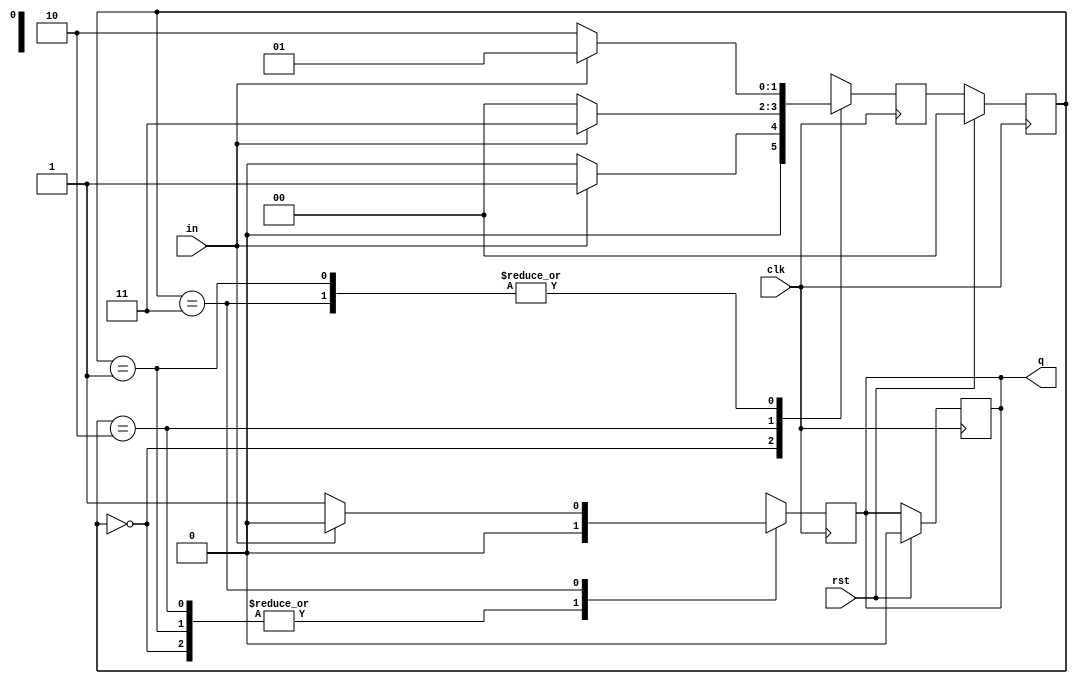
module sequence_detector_1010(
    input clk,rst,in,
    output reg q
    );
	 parameter s0= 2'b00,s1= 2'b01,s2= 2'b10,s3= 2'b11;
	 reg [1:0]state,next_state;
	 
	 always @ ( posedge clk)
	 begin
	 if(rst)
	 begin
	 state<= s0;
	 q<=1'b0;
	 end
	 else
	 begin
	 state<=next_state;
	 end
	 end
	 always @ ( posedge clk)
	 begin
	 
	   case(state)
		
		s0: if(in)
		     begin
			  next_state<=s1;
			  q<= 1'b0;
			  end
			  
			  else
			  begin
			  next_state<=s0;
			  q<= 1'b0;
			  
			  end
			  
			  
	    s1: if(in)
		     begin
			  next_state<=s1;
			  q<= 1'b0;
			  end
			  
			  else
			  begin
			  next_state<=s2;
			  q<= 1'b0;
			  
			  end
			  
			  
		  s2: if(in)
		     begin
			  next_state<=s3;
			  q<= 1'b0;
			  end
			  
			  else
			  begin
			  next_state<=s0;
			  q<= 1'b0;
			  
			  end
			  
			  
		  s3: if(in)
		     begin
			  next_state<=s1;
			  q<= 1'b0;
			  end
			  
			  else
			  begin
			  next_state<=s2;
			  q<= 1'b1;
			  
			  end
			  
			 default: next_state<=s0;
			 
			 endcase
		
	 end
endmodule